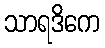
သာရဒိကေ